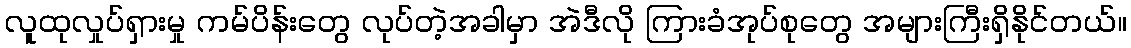
လူထုလှုပ်ရှားမှု ကမ်ပိန်းတွေ လုပ်တဲ့အခါမှာ အဲဒီလို ကြားခံအုပ်စုတွေ အများကြီးရှိနိုင်တယ်။